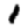
Digit: 1